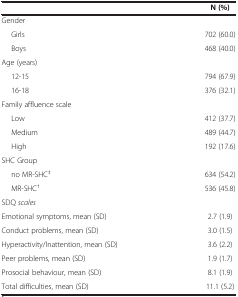
<table><thead><tr><td><b> </b></td><td><b>N (%)</b></td></tr></thead><tbody><tr><td>Gender</td><td> </td></tr><tr><td>Girls</td><td>702 (60.0)</td></tr><tr><td>Boys</td><td>468 (40.0)</td></tr><tr><td>Age (years)</td><td> </td></tr><tr><td>12-15</td><td>794 (67.9)</td></tr><tr><td>16-18</td><td>376 (32.1)</td></tr><tr><td>Family affluence scale</td><td> </td></tr><tr><td>Low</td><td>412 (37.7)</td></tr><tr><td>Medium</td><td>489 (44.7)</td></tr><tr><td>High</td><td>192 (17.6)</td></tr><tr><td>SHC Group</td><td> </td></tr><tr><td>no MR-SHC<sup>‡</sup></td><td>634 (54.2)</td></tr><tr><td>MR-SHC<sup>†</sup></td><td>536 (45.8)</td></tr><tr><td>SDQ <i>scales</i></td><td> </td></tr><tr><td>Emotional symptoms, mean (SD)</td><td>2.7 (1.9)</td></tr><tr><td>Conduct problems, mean (SD)</td><td>3.0 (1.5)</td></tr><tr><td>Hyperactivity/Inattention, mean (SD)</td><td>3.6 (2.2)</td></tr><tr><td>Peer problems, mean (SD)</td><td>1.9 (1.7)</td></tr><tr><td>Prosocial behaviour, mean (SD)</td><td>8.1 (1.9)</td></tr><tr><td>Total difficulties, mean (SD)</td><td>11.1 (5.2)</td></tr></tbody></table>